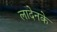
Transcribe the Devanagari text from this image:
लादेनके